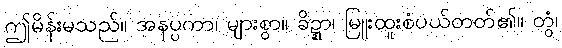
ဤမိန်းမသည်။ အနပ္ပကာ၊ များစွာ။ ခိဍ္ဍာ၊ မြူးထူးစံပယ်တတ်၏။ တွံ၊